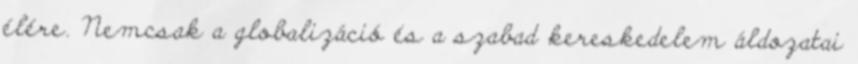
élére. Nemcsak a globalizáció és a szabad kereskedelem áldozatai